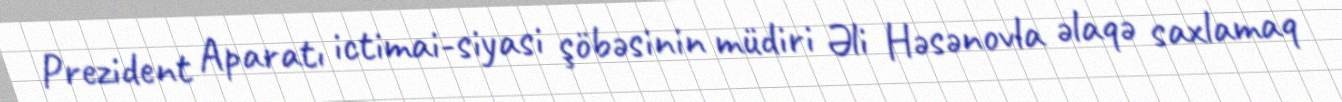
Prezident Aparatı ictimai-siyasi şöbəsinin müdiri Əli Həsənovla əlaqə saxlamaq